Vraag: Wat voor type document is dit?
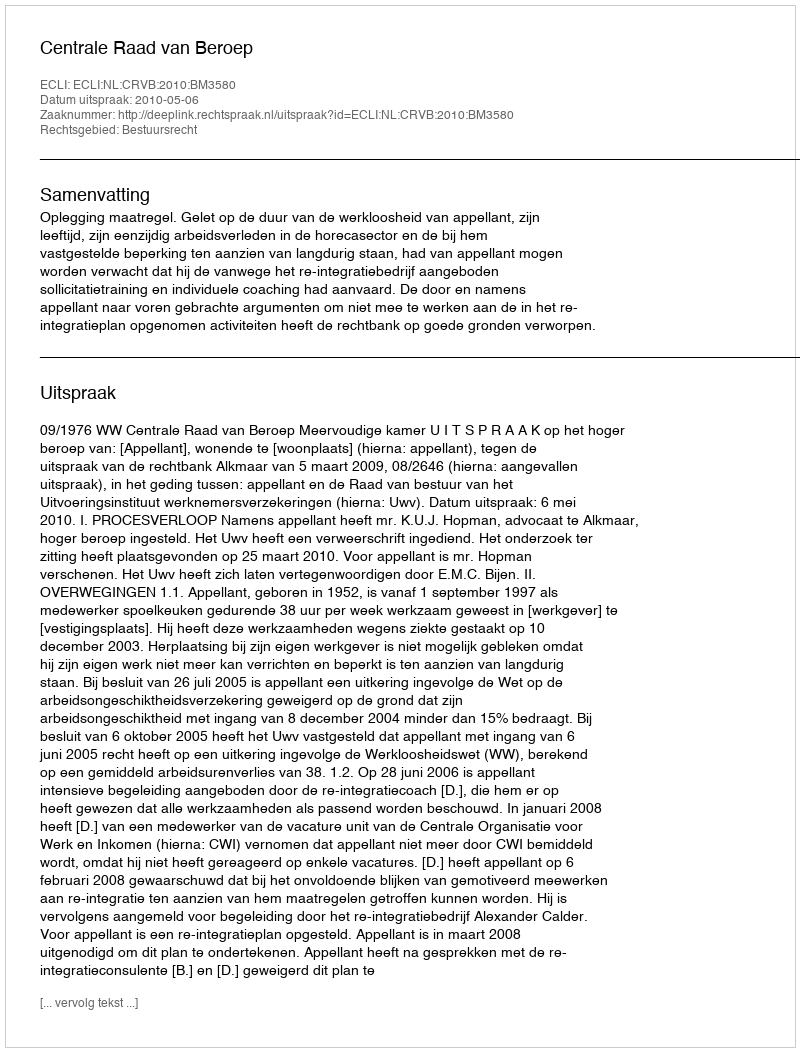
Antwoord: Uitspraak